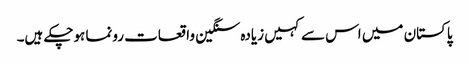
پاکستان میں اس سے کہیں زیادہ سنگین واقعات رونما ہوچکے ہیں۔